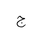
Letter: _gim